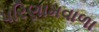
પરિણામવાળા